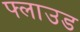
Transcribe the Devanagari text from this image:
फ्लाउड